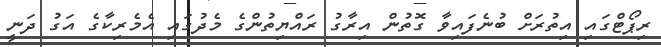
ރިޕޯޓްގައި އިތުރަށް ބުނެފައިވާ ގޮތުން އިރާގު ރައްޔިތުންގެ މެދުގައި އެމެރިކާގެ އަގު ދަނީ